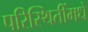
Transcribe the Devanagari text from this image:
परिस्थितींमधे